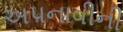
અપનાવીની